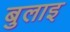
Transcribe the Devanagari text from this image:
बुलाइ